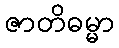
ဇာတိဓမ္မာ